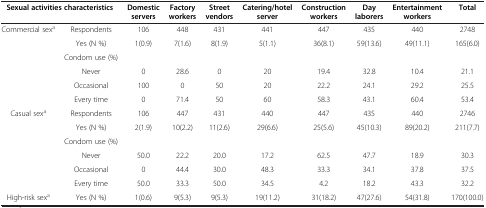
<table><thead><tr><td colspan="2"><b>Sexual activities characteristics</b></td><td><b>Domestic servers</b></td><td><b>Factory workers</b></td><td><b>Street vendors</b></td><td><b>Catering/hotel server</b></td><td><b>Construction workers</b></td><td><b>Day laborers</b></td><td><b>Entertainment workers</b></td><td><b>Total</b></td></tr></thead><tbody><tr><td rowspan="6">Commercial sex<sup>a</sup></td><td>Respondents</td><td>106</td><td>448</td><td>431</td><td>441</td><td>447</td><td>435</td><td>440</td><td>2748</td></tr><tr><td>Yes (N %)</td><td>1(0.9)</td><td>7(1.6)</td><td>8(1.9)</td><td>5(1.1)</td><td>36(8.1)</td><td>59(13.6)</td><td>49(11.1)</td><td>165(6.0)</td></tr><tr><td>Condom use (%)</td><td> </td><td> </td><td> </td><td> </td><td> </td><td> </td><td> </td><td> </td></tr><tr><td>Never</td><td>0</td><td>28.6</td><td>0</td><td>20</td><td>19.4</td><td>32.8</td><td>10.4</td><td>21.1</td></tr><tr><td>Occasional</td><td>100</td><td>0</td><td>50</td><td>20</td><td>22.2</td><td>24.1</td><td>29.2</td><td>25.5</td></tr><tr><td>Every time</td><td>0</td><td>71.4</td><td>50</td><td>60</td><td>58.3</td><td>43.1</td><td>60.4</td><td>53.4</td></tr><tr><td rowspan="6">Casual sex<sup>a</sup></td><td>Respondents</td><td>106</td><td>447</td><td>431</td><td>440</td><td>447</td><td>435</td><td>440</td><td>2746</td></tr><tr><td>Yes (N %)</td><td>2(1.9)</td><td>10(2.2)</td><td>11(2.6)</td><td>29(6.6)</td><td>25(5.6)</td><td>45(10.3)</td><td>89(20.2)</td><td>211(7.7)</td></tr><tr><td>Condom use (%)</td><td> </td><td> </td><td> </td><td> </td><td> </td><td> </td><td> </td><td> </td></tr><tr><td>Never</td><td>50.0</td><td>22.2</td><td>20.0</td><td>17.2</td><td>62.5</td><td>47.7</td><td>18.9</td><td>30.3</td></tr><tr><td>Occasional</td><td>0</td><td>44.4</td><td>30.0</td><td>48.3</td><td>33.3</td><td>34.1</td><td>37.8</td><td>37.5</td></tr><tr><td>Every time</td><td>50.0</td><td>33.3</td><td>50.0</td><td>34.5</td><td>4.2</td><td>18.2</td><td>43.3</td><td>32.2</td></tr><tr><td>High-risk sex<sup>a</sup></td><td>Yes (N %)</td><td>1(0.6)</td><td>9(5.3)</td><td>9(5.3)</td><td>19(11.2)</td><td>31(18.2)</td><td>47(27.6)</td><td>54(31.8)</td><td>170(100.0)</td></tr></tbody></table>